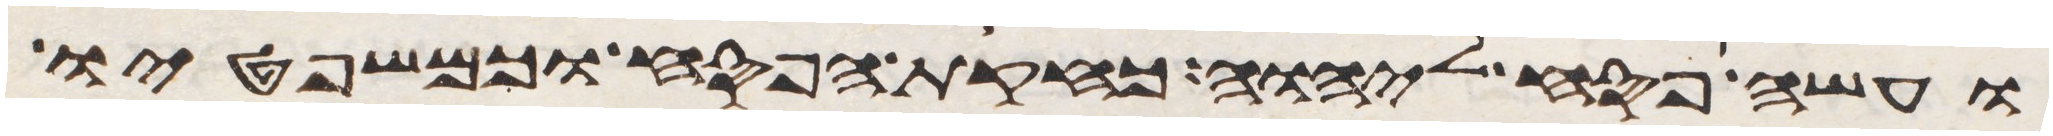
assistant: ועשה פסח ליהוה כחקות הפסח וכמשפטיו